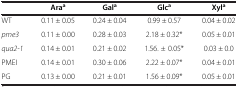
<table><thead><tr><td><b> </b></td><td><b>Ara<sup>a</sup></b></td><td><b>Gal<sup>a</sup></b></td><td><b>Glc<sup>a</sup></b></td><td><b>Xyl<sup>a</sup></b></td></tr></thead><tbody><tr><td>WT</td><td>0.11 ± 0.05</td><td>0.24 ± 0.04</td><td>0.99 ± 0.57</td><td>0.04 ± 0.02</td></tr><tr><td><i>pme3</i></td><td>0.11 ± 0.00</td><td>0.28 ± 0.03</td><td>2.18 ± 0.32*</td><td>0.05 ± 0.01</td></tr><tr><td><i>qua2-1</i></td><td>0.14 ± 0.01</td><td>0.21 ± 0.02</td><td>1.56. ± 0.05*</td><td>0.03 ± 0.0</td></tr><tr><td>PMEI</td><td>0.14 ± 0.01</td><td>0.30 ± 0.06</td><td>2.22 ± 0.07*</td><td>0.04 ± 0.01</td></tr><tr><td>PG</td><td>0.13 ± 0.00</td><td>0.21 ± 0.01</td><td>1.56 ± 0.09*</td><td>0.05 ± 0.01</td></tr></tbody></table>